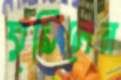
ঘুরিলেন